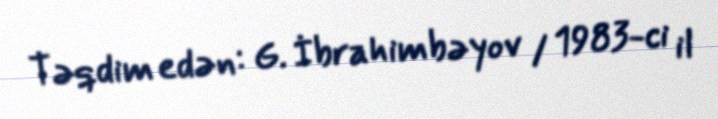
Təqdim edən: G. İbrahimbəyov / 1983-ci il